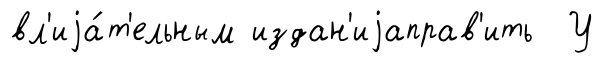
вл'иjа́т'ельным издан'иjаправ'ить У